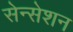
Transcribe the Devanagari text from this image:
सेन्सेशन